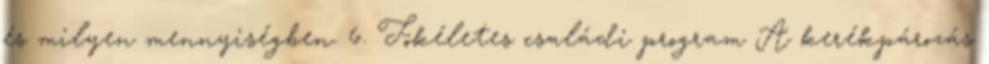
és milyen mennyiségben. 6. Tökéletes családi program A kerékpározás